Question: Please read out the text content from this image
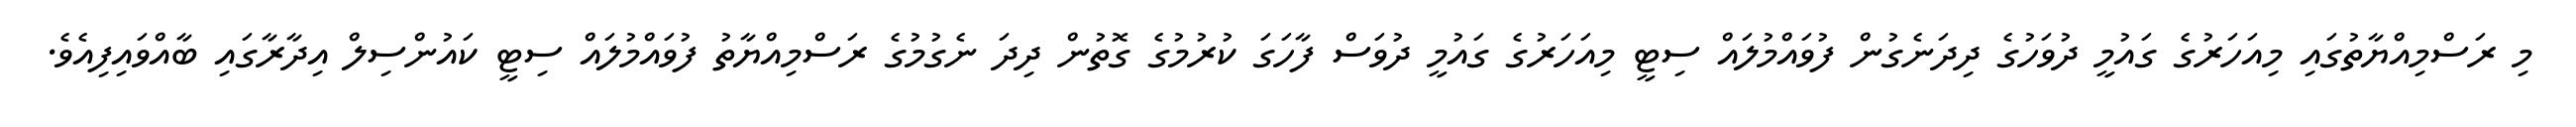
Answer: މި ރަސްމިއްޔާތުގައި މިއަހަރުގެ ގައުމީ ދުވަހުގެ ދިދަނެގުން ފުވައްމުލައް ސިޓީ މިއަހަރުގެ ގައުމީ ދުވަސް ފާހަގަ ކުރުމުގެ ގޮތުން ދިދަ ނެގުމުގެ ރަސްމިއްޔާތު ފުވައްމުލައް ސިޓީ ކައުންސިލް އިދާރާގައި ބާއްވައިފިއެވެ.